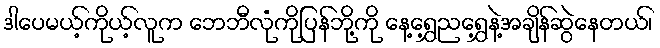
ဒါပေမယ့်ကိုယ့်လူက ဘေဘီလုံကိုပြန်ဘို့ကို နေ့ရွှေ့ညရွှေ့နဲ့အချိန်ဆွဲနေတယ်၊